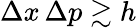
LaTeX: \Delta x\, \Delta p\gtrsim h